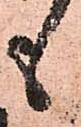
も